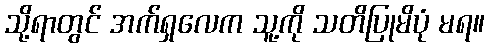
သို့ရာတွင် အက်ရှလေက သူ့ကို သတိပြုမိပုံ မရ။